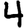
Digit: 4